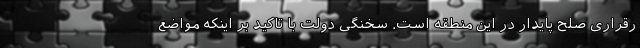
رقراری صلح پایدار در این منطقه است. سخنگی دولت با تاکید بر اینکه مواضع